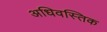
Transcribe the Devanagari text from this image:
अधिवस्तिक